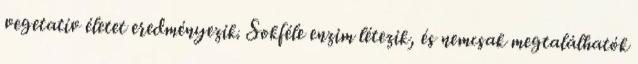
vegetatív életet eredményezik. Sokféle enzim létezik, és nemcsak megtalálhatók